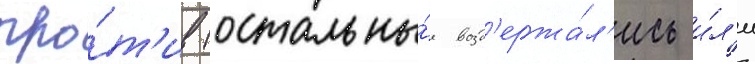
про́т'ив (остальны́е возд'ержа́л'ись и́л'и